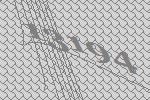
13194